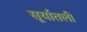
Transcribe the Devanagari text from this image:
सूर्यातली